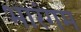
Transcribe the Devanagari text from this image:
भारंगम